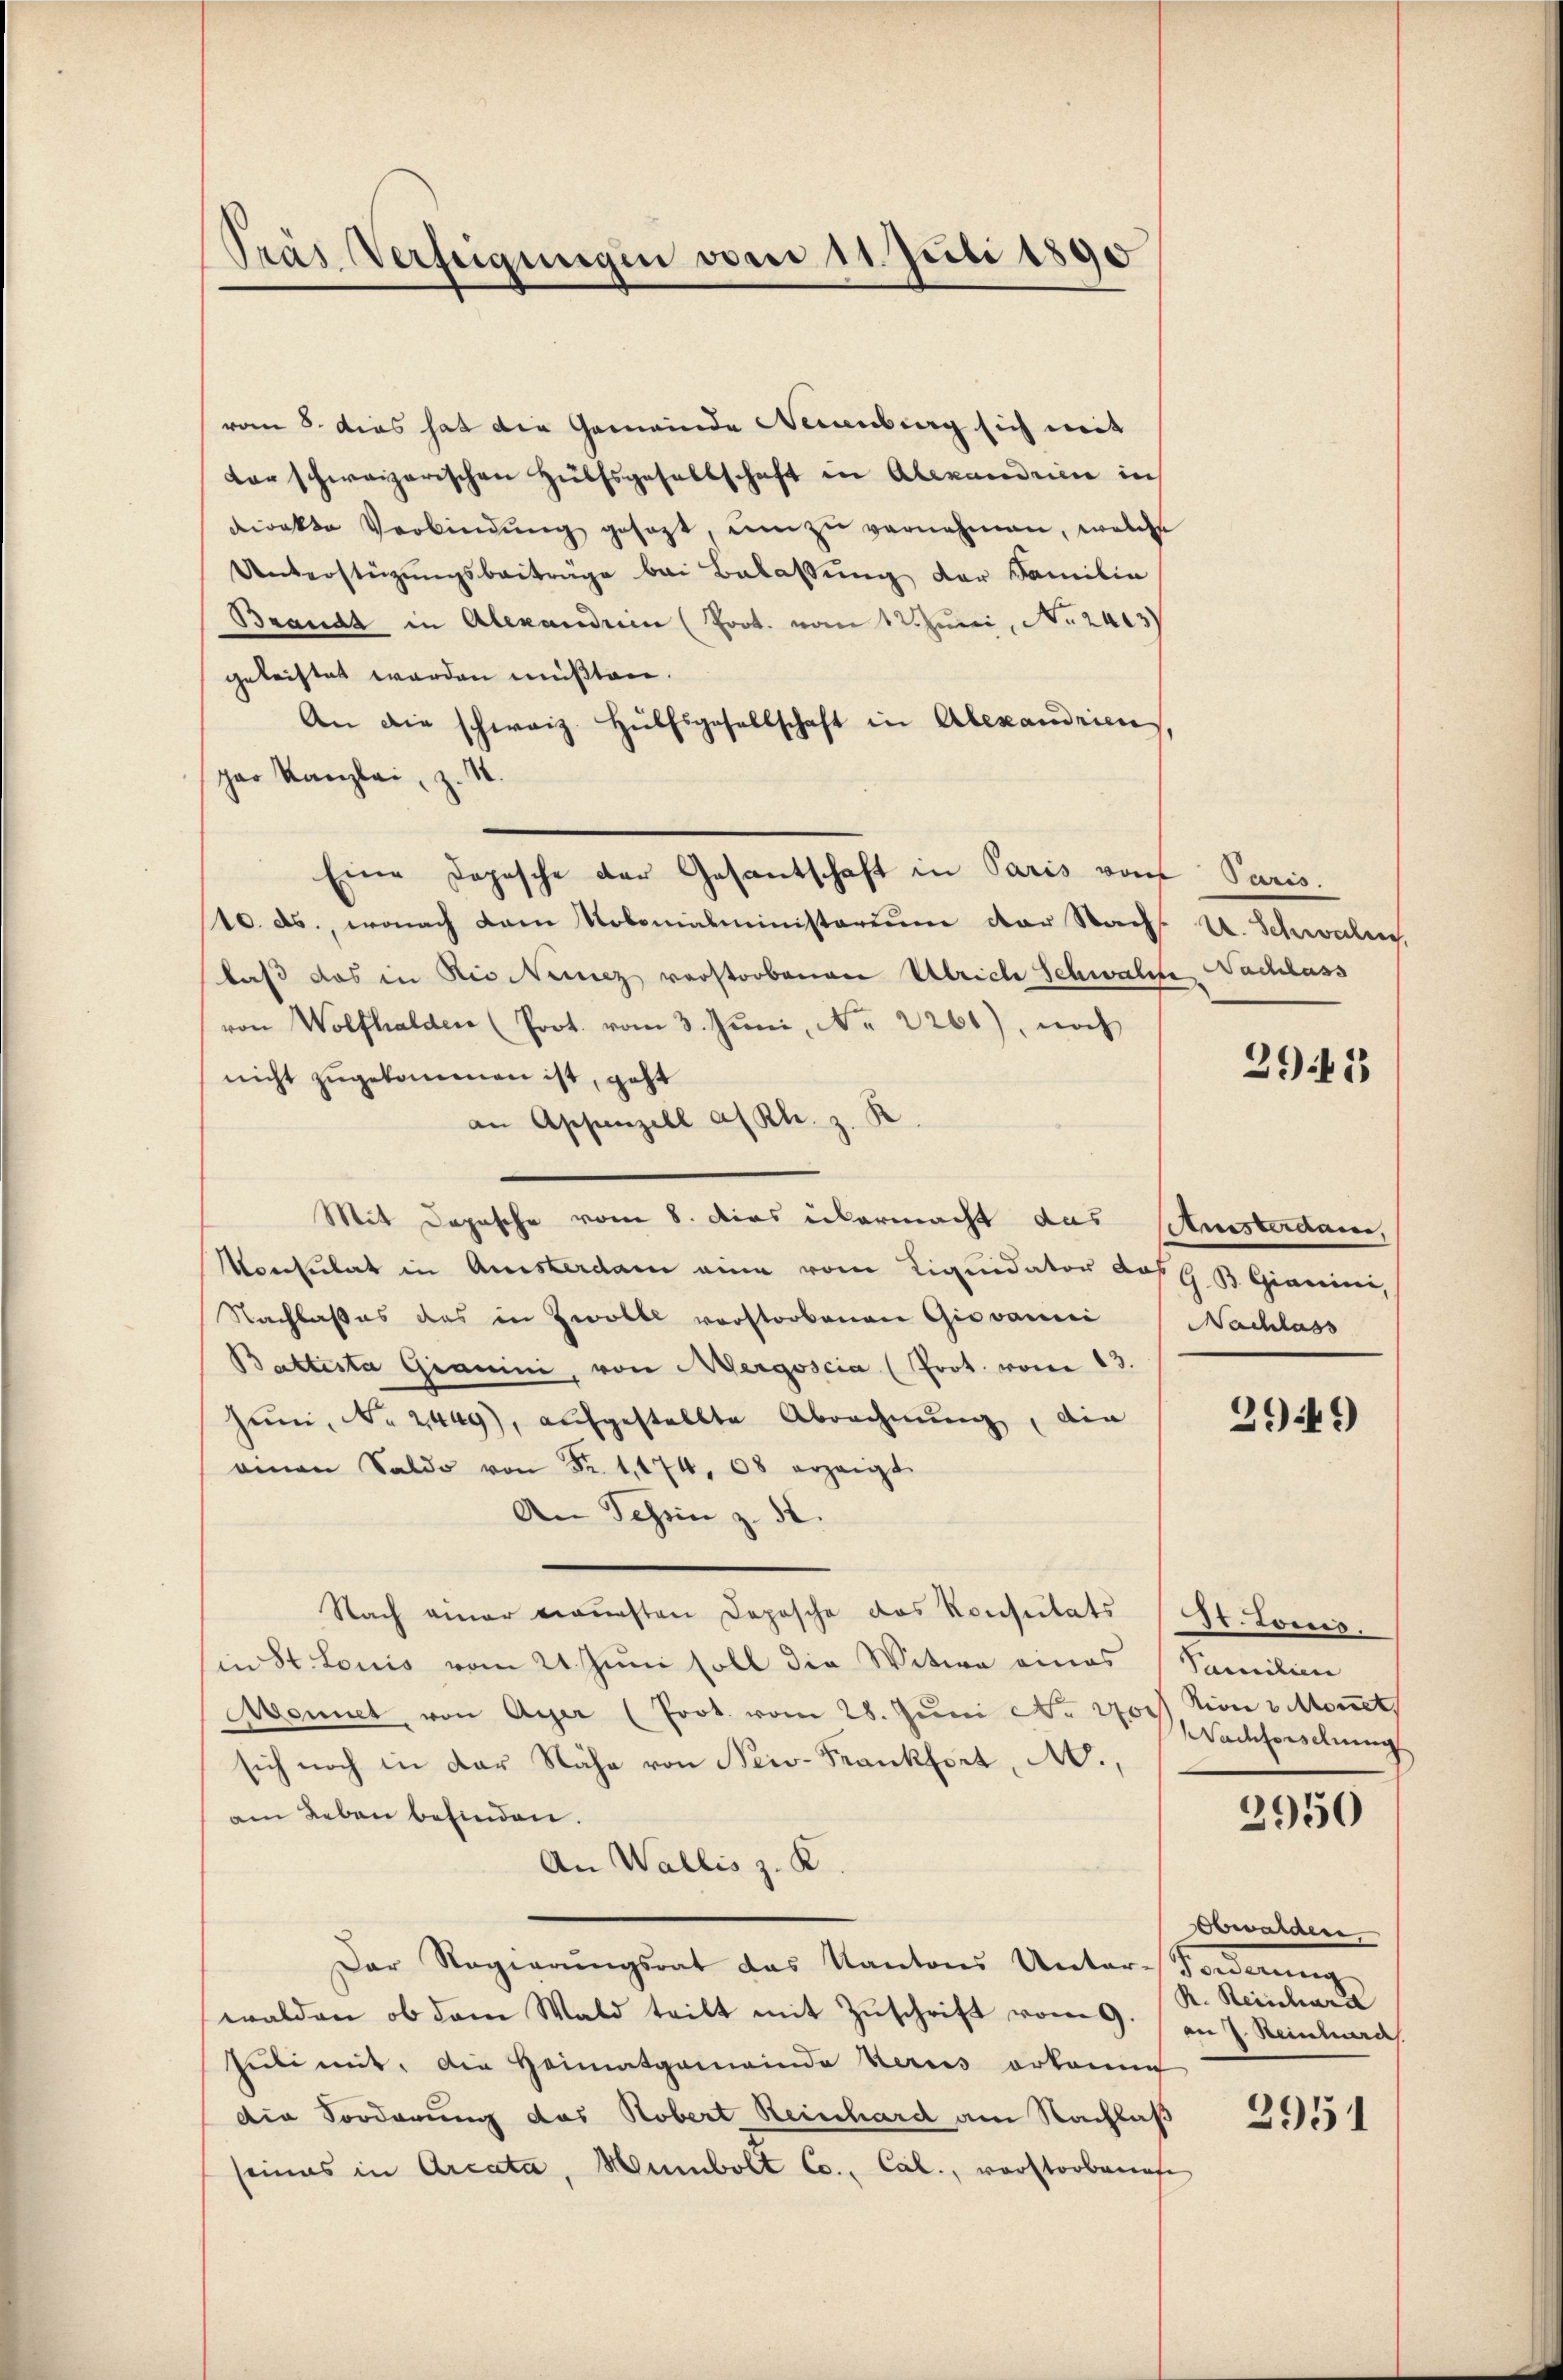
Pras Verfeigungen vom 11. Juli 1890

vom 5. Das hat die Gemeinde Neuenburg sich mit
der schweizerischen Hülfsgesellschaft in Alexandrie in
direkte Verbindŭng gesagt, um zu vernehmen, welche
Unterstützŭngsbeiträge bei Belassung der Familie
Branda in Alexandrin (Prot. vom 12 Juni, No 2403)
geleistet werden müßten.
An die schweiz. Hülfsgesellschaft in Alexandrien,
par Kanzlei, z. 1.
Eine Dopische der Gesantschaft in Paris vom Paris.
10. ds., wonach dem Kolonialministerium der Nach
laß das in die Kunz verstorbenen Ulriche Schwalche Nachlass
von Wolfhalden (Prot. vom 3. Juni, No 2260), noch
nicht zugekommen ist, geht
an Appenzell a/Rh. z. B.
Mit Depesche vom 8. dies übermacht das Christerdam,
Monsulat in Ansterdam eine vom Liquidator das G. B. Giacini,
Nachlasses das in Zwolke vorstorbenen Giovanei Nachlass
Battesta Gianini, von Mergoscia (Prot. vom 13.
Juni, No 2449), aufgestellte Abrechnung, die
amnen Saldo von Fr. 1, 174, 68 erzeigt.
An Schön z. B.
Nach einer versten Deposche das Konsulats (St. Louis.
in St. Louis vom 21. Juni soll die Witwe eines Familien
Wonnet, von Ayer (Prot. vom 28. Jŭni Nr 7700) in 3 Mont
sich noch in der Nähe von New-Frankfort, A.,
am Leben befinden.
An Wallis z. K
Der Regierungsrat das Kantons Unter-Sowerung
walden, ob dem Wald teilt mit Zuschrift vom 9.
Juli mit. Die Heimatgemeinde beris erkanne
die Sorderung des Robert Reinhard am Nachlaß
seines in Arcata, Mumbolt Co., Cal., verstorbenef

U. Schwalen.

2945

2949)

Nachforschung

2950

obwalden
R. Reischard
an 7. Reinhard

2951